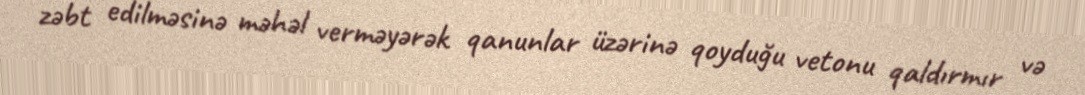
zəbt edilməsinə məhəl verməyərək qanunlar üzərinə qoyduğu vetonu qaldırmır və